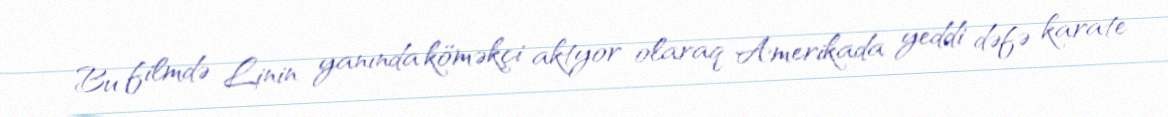
Bu filmdə Linin yanında köməkçi aktyor olaraq Amerikada yeddi dəfə karate